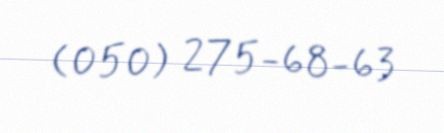
(050) 275-68-63